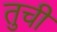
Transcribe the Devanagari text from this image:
तुची